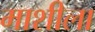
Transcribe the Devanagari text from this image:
माशीला